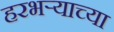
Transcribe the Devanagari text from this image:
हरभऱ्याच्या